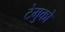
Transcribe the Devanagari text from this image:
टेमुको